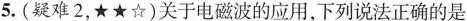
5.(疑难2，★★☆)关于电磁波的应用，下列说法正确的是